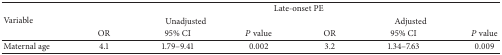
| <ROWSPAN=3> Variable | <COLSPAN=6> Late-onset PE |
 | <COLSPAN=3> Unadjusted | <COLSPAN=3> Adjusted |
 | OR | 95% CI | P value | OR | 95% CI | P value |
 | --- | --- | --- | --- | --- | --- | --- |
 | Maternal age | 4.1 | 1.79–9.41 | 0.002 | 3.2 | 1.34–7.63 | 0.009 |